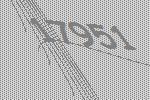
17951